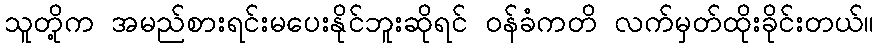
သူတို့က အမည်စားရင်းမပေးနိုင်ဘူးဆိုရင် ဝန်ခံကတိ လက်မှတ်ထိုးခိုင်းတယ်။